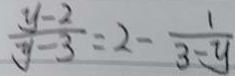
\frac { y - 2 } { y - 3 } = 2 - \frac { 1 } { 3 - y }